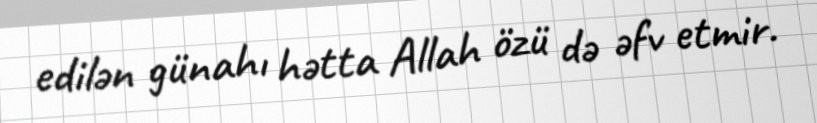
edilən günahı hətta Allah özü də əfv etmir.